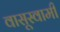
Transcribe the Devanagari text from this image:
वासूस्वामी